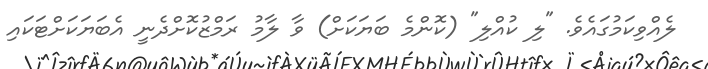
ލެއްވިކަމުގައެވެ. "ލި ކުއްލި" (ކޮންމެ ބަޔަކަށް) ވާ ލާމު ރަމްޒުކޮށްދެނީ އެބަޔަކަށްޓަކައި